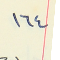
١٦٤